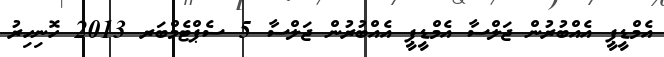
އެމްޑީޕީ އެއްބުރުން ޖަލްސާ އެމްޑީޕީ އެއްބުރުން ޖަލްސާ 5 ސެޕްޓެމްބަރ 2013 ހޮނިހިރު